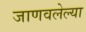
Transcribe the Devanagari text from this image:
जाणवलेल्या